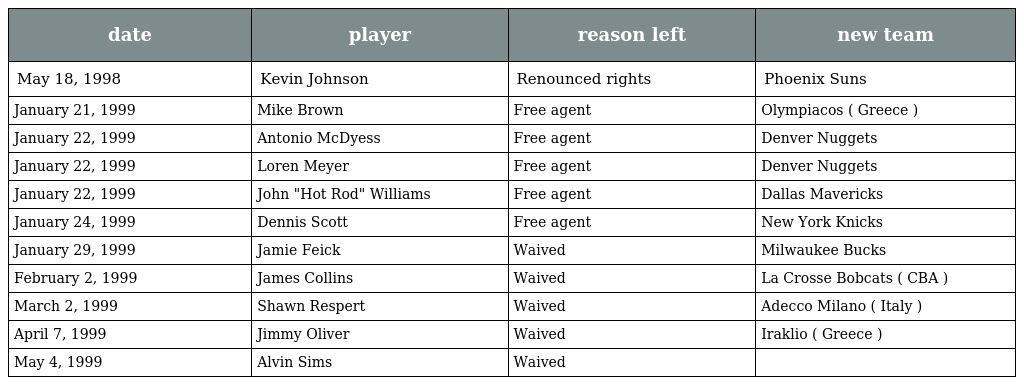
| date | player | reason left | new team |
 | --- | --- | --- | --- |
 | May 18, 1998 | Kevin Johnson | Renounced rights | Phoenix Suns |
 | January 21, 1999 | Mike Brown | Free agent | Olympiacos ( Greece ) |
 | January 22, 1999 | Antonio McDyess | Free agent | Denver Nuggets |
 | January 22, 1999 | Loren Meyer | Free agent | Denver Nuggets |
 | January 22, 1999 | John "Hot Rod" Williams | Free agent | Dallas Mavericks |
 | January 24, 1999 | Dennis Scott | Free agent | New York Knicks |
 | January 29, 1999 | Jamie Feick | Waived | Milwaukee Bucks |
 | February 2, 1999 | James Collins | Waived | La Crosse Bobcats ( CBA ) |
 | March 2, 1999 | Shawn Respert | Waived | Adecco Milano ( Italy ) |
 | April 7, 1999 | Jimmy Oliver | Waived | Iraklio ( Greece ) |
 | May 4, 1999 | Alvin Sims | Waived |  |